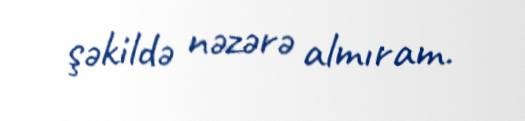
şəkildə nəzərə almıram.